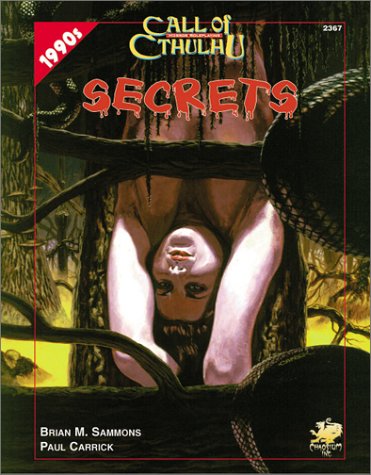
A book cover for Secrets (Call of Cthulhu); Brian M. Sammons; Science Fiction & Fantasy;